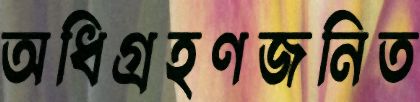
অধিগ্রহণজনিত